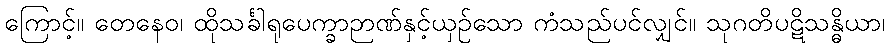
ကြောင့်။ တေနေဝ၊ ထိုသင်္ခါရုပေက္ခာဉာဏ်နှင့်ယှဉ်သော ကံသည်ပင်လျှင်။ သုဂတိပဋိသန္ဓိယာ၊